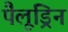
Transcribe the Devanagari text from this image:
पैलूड्रिन